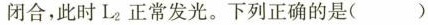
闭合，此时L_{2}正常发光。下列正确的是()。